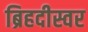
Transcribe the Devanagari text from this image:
ब्रिहदीस्वर